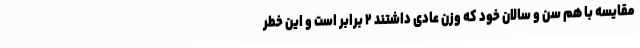
مقایسه با هم سن و سالان خود که وزن عادی داشتند ۲ برابر است و این خطر